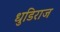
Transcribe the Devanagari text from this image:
धुडिराज